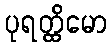
ပုရတ္ထိမော